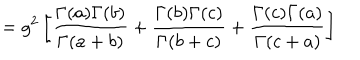
= g ^ { 2 } \left[ \frac { \Gamma { ( a ) } \Gamma { ( b ) } } { \Gamma { ( a + b ) } } + \frac { \Gamma { ( b ) } \Gamma { ( c ) } } { \Gamma { ( b + c ) } } + \frac { \Gamma { ( c ) } \Gamma { ( a ) } } { \Gamma { ( c + a ) } } \right]